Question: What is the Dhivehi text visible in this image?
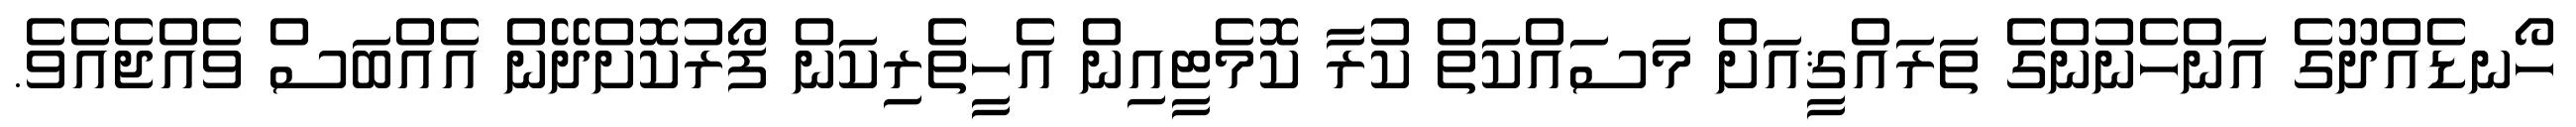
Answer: ހޯނޑެއްދޫގެ އަންހެނުންގެ ތަރައްޤީއަށް މަސައްކަތް ކުރާ ކޮމެޓީއިން އެހީތެރިކަން ފޯރުކޮށްދޭން އެއްބަސް ވެއްޖެއެވެ.